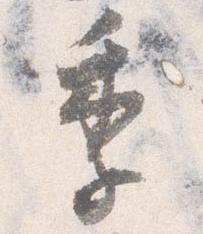
季